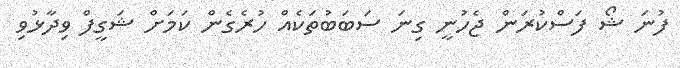
ފުނަ ޝޯ ފަސްކުރަން ޖެހުނީ ގިނަ ސަބަބުތަކެއް ހުރެގެން ކަމަށް ޝަގީފް ވިދާޅުވި